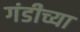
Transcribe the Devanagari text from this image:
गंडीच्या